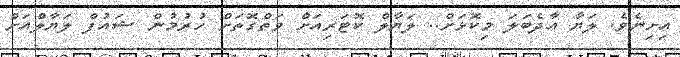
އިށިނެވެ. ލަޔާ އާދެބަލަ މިކޮޅަށް.. ލަޔާލް ކޮޓަރިއަށް ވަތްގޮތަށް ހުރުމުން ޝައުފް ލަޔާލްއަށް